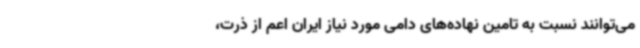
می‌توانند نسبت به تامین نهاده‌های دامی مورد نیاز ایران اعم از ذرت،